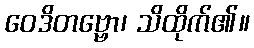
ဝေဒိတဗ္ဗော၊ သိထိုက်၏။